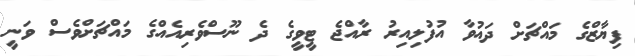
ފިޔާޒްގެ މައްޗަށް ދައުވާ އުފުލިއިރު ރާއްޖެ ޓީވީގެ ދެ ނޫސްވެރިއެއްގެ މައްޗަށްވެސް ވަނީ